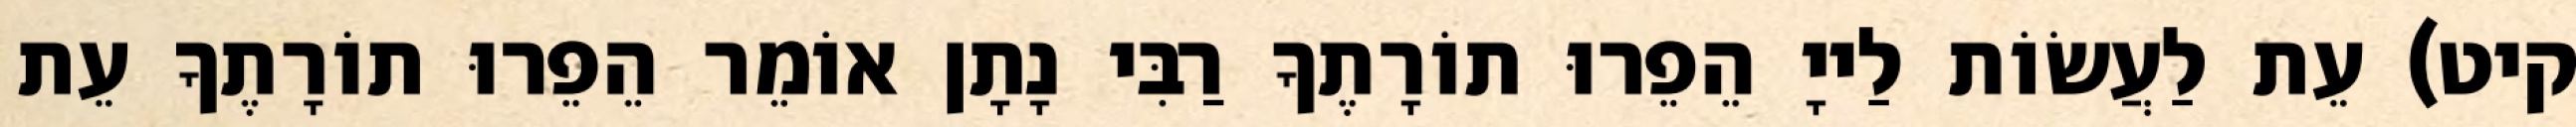
קיט) עֵת לַעֲשׂוֹת לַייָ הֵפֵרוּ תוֹרָתֶךָ רַבִּי נָתָן אוֹמֵר הֵפֵרוּ תוֹרָתֶךָ עֵת